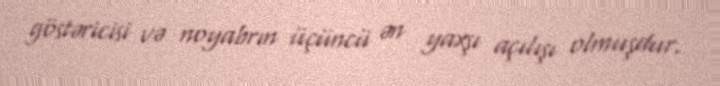
göstəricisi və noyabrın üçüncü ən yaxşı açılışı olmuşdur.